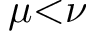
\mu { < } \nu